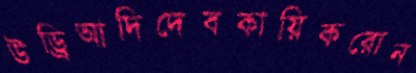
উড্রিআদিদেবকায়িকরোন